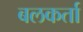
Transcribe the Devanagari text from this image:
बलकर्ता